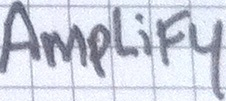
AmpLiFy